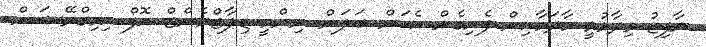
ނާފިޒު ވިދާޅުވީ މާދަމާއިން ފެށިގެން އެކަން ބަލަން ނިންމީ ޑިޕާޓްމެންޓް އޮފް އިމިގްރޭޝަން